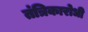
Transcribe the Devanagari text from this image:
तंत्रिकारोधी